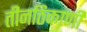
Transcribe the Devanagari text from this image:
तीनठिकाणी